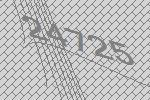
24725